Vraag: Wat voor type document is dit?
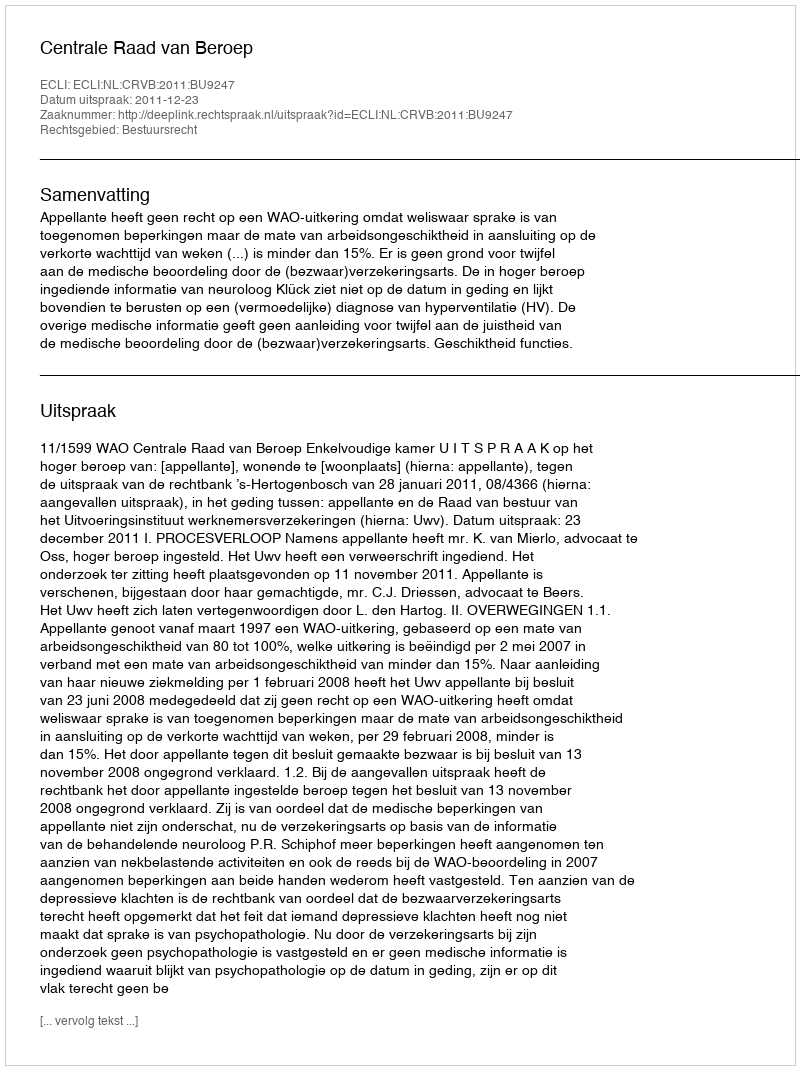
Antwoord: Uitspraak